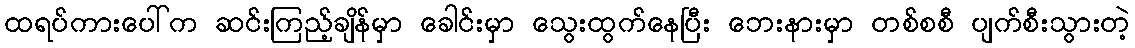
ထရပ်ကားပေါ်က ဆင်းကြည့်ချိန်မှာ ခေါင်းမှာ သွေးထွက်နေပြီး ဘေးနားမှာ တစ်စစီ ပျက်စီးသွားတဲ့